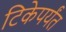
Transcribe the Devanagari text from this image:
टिकेपर्यंत